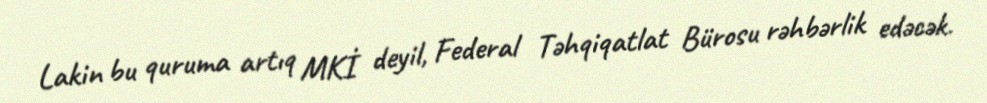
Lakin bu quruma artıq MKİ deyil, Federal Təhqiqatlat Bürosu rəhbərlik edəcək.